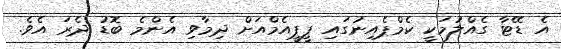
އެ ޑޭޓާ ގެއްލުމަކީ ކެމްޕެއިނުގައި ޕީޕީއެމްއަށް ދިމާވި އެންމެ ބޮޑު ދެރަ އެވެ.